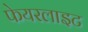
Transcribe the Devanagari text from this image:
फेयरलाइट